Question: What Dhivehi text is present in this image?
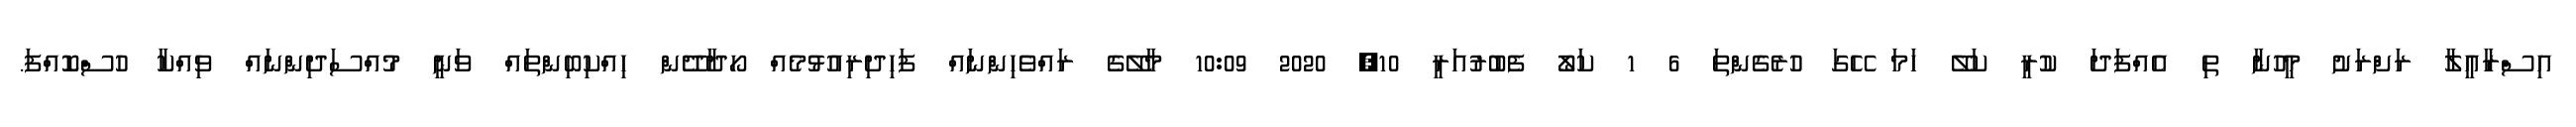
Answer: އިސްރާއީލާ ރަށްރަށު މީހުނާ ތި އެއްފަދަ ކުރީ ކަލޭ ހަމަ ހޭގަ ހުރެގެންތަ 6 1 ކަލޯ ފެބުރުއަރީ 10, 2020 10:09 މާލޭގެ ރައްވެހިންނައް ފަހިދިރިއުޅުމެއް ހޯދާދޭން ހިއްކިބިންތައް ވަނީ މުއްސަދިންނައް ވިއްކާ ހުސްކޮއްފަ.